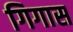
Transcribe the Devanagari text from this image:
गिगास